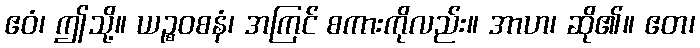
ဧဝံ၊ ဤသို့။ ယဉ္စဝစနံ၊ အကြင် စကားကိုလည်း။ အာဟ၊ ဆို၏။ ဧတ၊